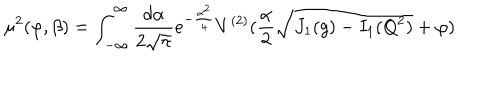
LaTeX: \mu ^ { 2 } ( \varphi , \beta ) = \int _ { - \infty } ^ { \infty } { \frac { d \alpha } { 2 \sqrt { \pi } } } e ^ { - { \frac { \alpha ^ { 2 } } { 4 } } } V ^ { ( 2 ) } ( { \frac { \alpha } { 2 } } \sqrt { J _ { 1 } ( g ) - I _ { 1 } ( Q ^ { 2 } ) } + \varphi )